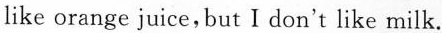
like orange juice,but I don't like milk.